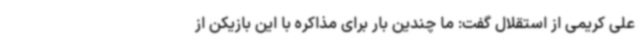
علی کریمی از استقلال گفت: ما چندین بار برای مذاکره با این بازیکن از